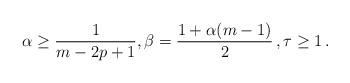
LaTeX: \begin{align*}\alpha\geq \frac 1{m-2p +1}, \beta =\frac{1+\alpha(m-1)}2\,,\tau\geq 1\,.\end{align*}